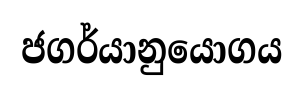
ජගර්යානුයොගය